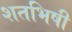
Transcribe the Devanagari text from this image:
शतभिषी